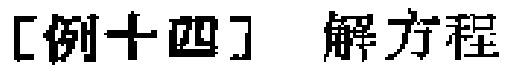
[例十四] 解方程